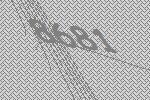
8681